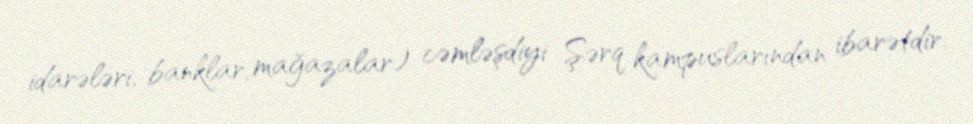
idarələri, banklar, mağazalar) cəmləşdiyi Şərq kampuslarından ibarətdir.